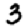
Digit: 3